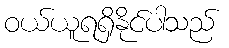
ဝယ်ယူရရှိနိုင်ပါသည်